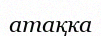
атақка